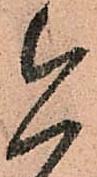
今